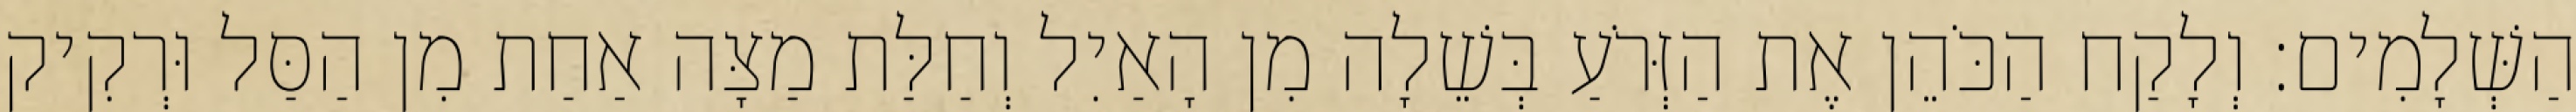
הַשְּׁלָמִים׃ וְלָקַח הַכֹּהֵן אֶת הַזְּרֹעַ בְּשֵׁלָה מִן הָאַיִל וְחַלַּת מַצָּה אַחַת מִן הַסַּל וּרְקִיק